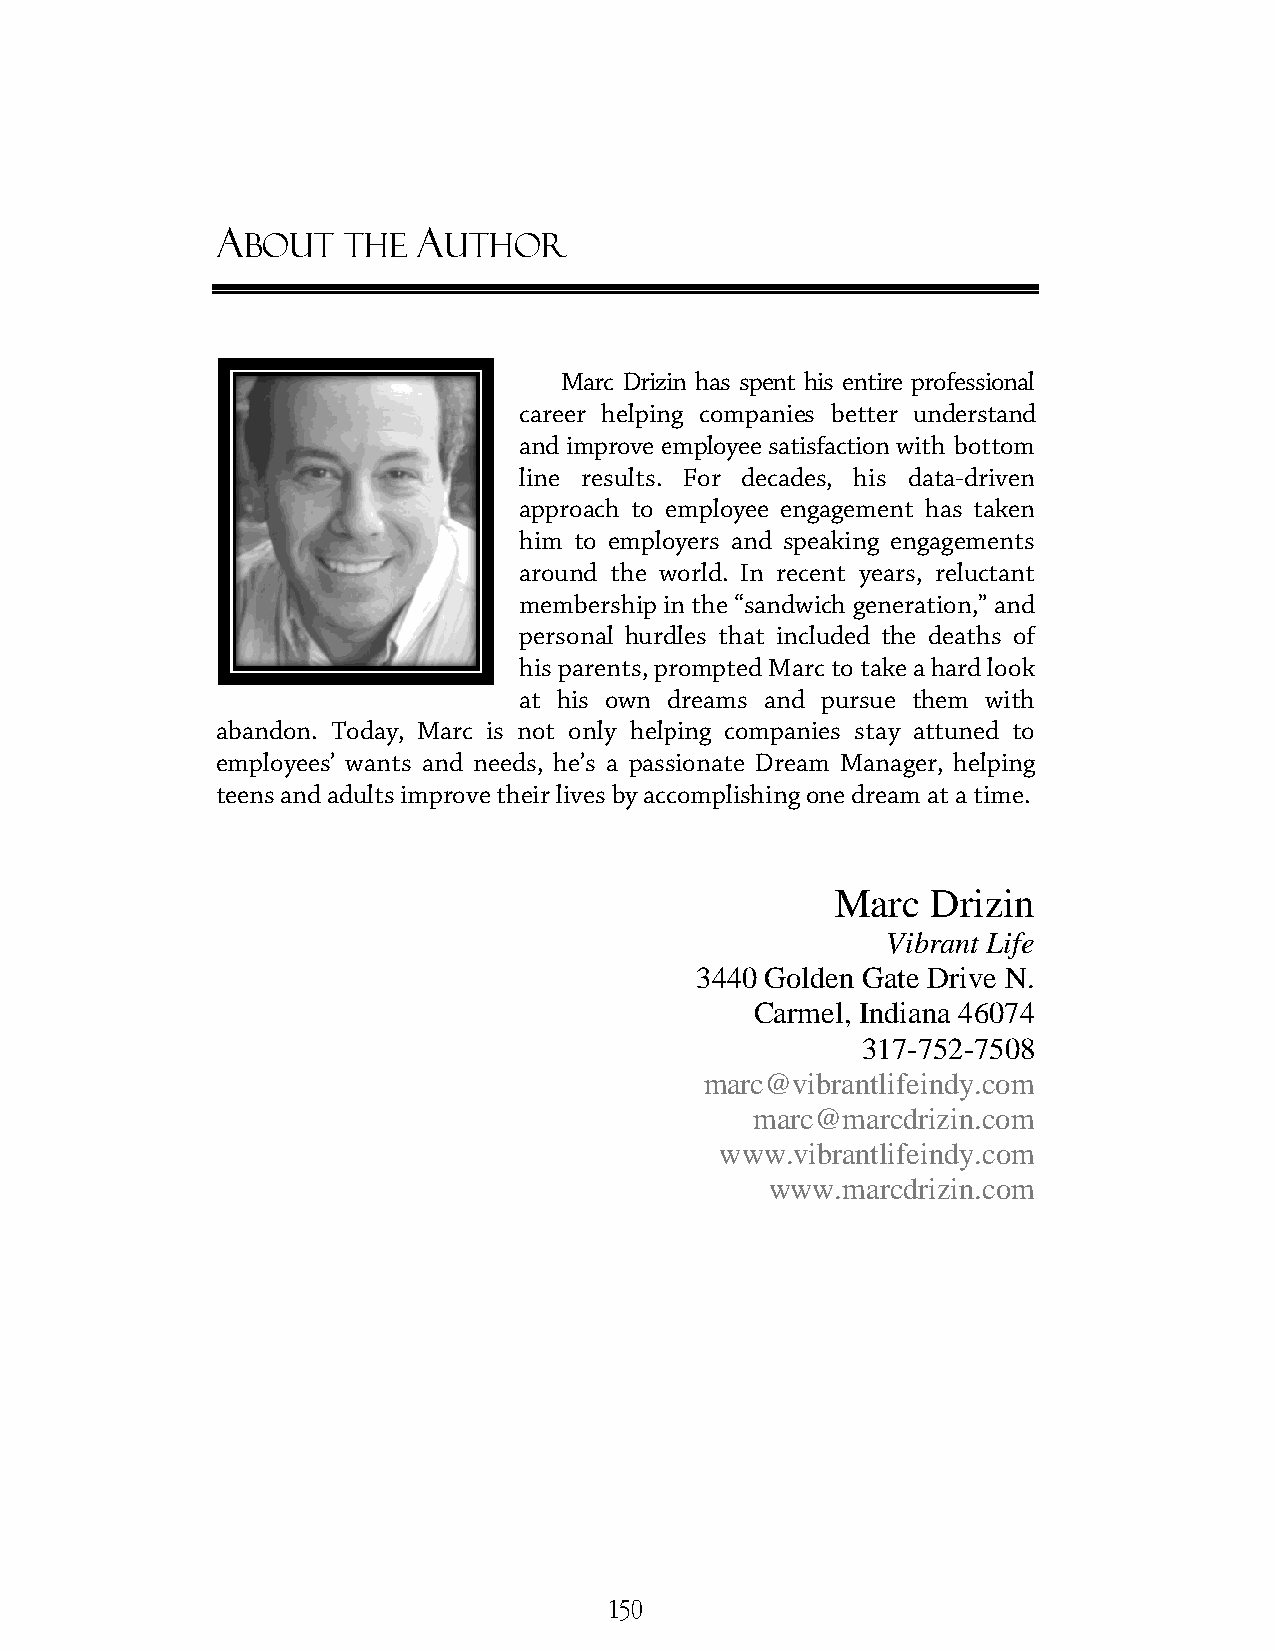
A             A
 BOUT   THE   UTHOR
 MMaarrcc DDrriizziinn hhaass ssppeenntt hhiiss eennttiirree pprrooffeessssiioonnaal
 ccaarreeeerr hheellppiinngg ccoommppaanniies better understand
 aanndd iimmpprroovvee eemmppllooyyeeee ssaattiissffaaccttiioonn with bottom
 lliinnee rreessuullttss.. FFoorr decades, his data-driven
 aapppprrooaacchh ttoo eemmppllooyyeeee eennggaaggeemmeenntt hhaass ttaakkeenn
 him to eemmppllooyyeerrss aanndd ssppeeaakkiinngg eennggaaggeemmeennttss
 aarroouunndd tthhee wwoorrlldd.. IInn rreecceenntt yyeeaarrss,, reluctant
 mmeemmbbeerrsshhiipp iinn tthhee “sandwich generation,” and
 personal hhuurrddlleess tthhaatt iinncclluuddeedd the deaths of
 hhiiss ppaarreennttss,, pprroommpptteedd MMaarrcc to take a hard look
 aatt hhiiss oowwnn ddrreeaammss aanndd ppuurrssuuee tthheemm wwiitthh
 abandon. Today, Marc is not only hheellppiinngg ccoommppaanniieess ssttaayy aattttuunneedd ttoo
 employees’ wants and needs, he’s a ppaassssiioonnaattee DDrreeaamm MMaannaaggeerr,, hheellppiinngg
 teens and adults improve their lives bbyy aaccccoommpplliisshhiinngg one dream at a time.
 Marc   Drizin
 Vibrant Life
 3440 Golden Gate Drive N.
 Carmel, Indiana 46074
 317-752-7508
 marc@vibrantlifeindy.com
 marc@marcdrizin.com
 www.vibrantlifeindy.com
 www.marcdrizin.com
 150